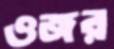
ওজর